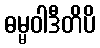
ဓမ္မဝါဒီတိပိ